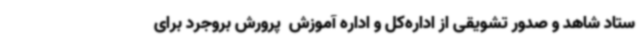
ستاد شاهد و صدور تشویقی از اداره‌کل و اداره آموزش ‌ پرورش بروجرد برای